King Institute of Preventive Medicine Micro-Biological Section reports 1909-11
Year: 1909
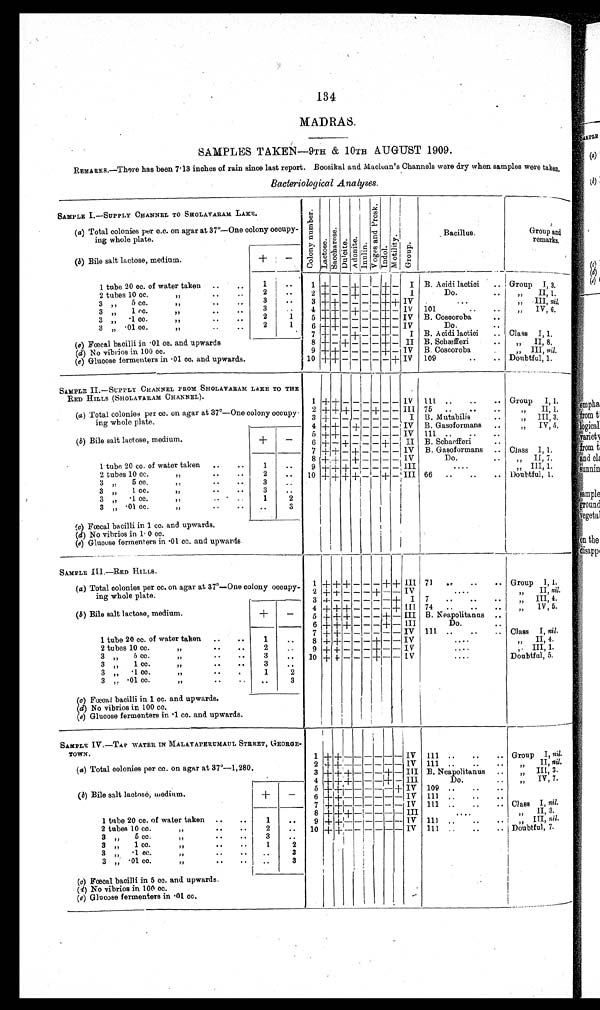
134
MADRAS.
SAMPLES TAKEN—9TH &amp; 10TH AUGUST 1909.
REMARKS.—There has been 7.13 inches of rain since last report. Boosikal and Maclean's Channels were dry when samples were taken,
Bacteriological Analyses.
SAMPLE I.—SUPPLY CHANNEL TO SHOLAVARAM LAKE.
C o l o n y n u m b e r .
L a c t o s e .
S a c c h a r o s e .
D u l c i t e . A d o n i t e .
I n u l i n .
V o g e s a n d P r o s k .
I n d o l .
M o t i l i t y . G r o u p .
Bacillus.
Group and
remarks.°(
a) Total colonies per c.c. on agar at 37°—One colony occupy-
ing whole plate.
(b) Bile salt lactose, medium.
+
-
1 tube 20 cc. of water taken ..
..
1
. .
1 + - - + - - + - I B. Acidi lactici ..
G r o u p
I I , ,
3 .
2 tubes 10 cc.
"
.. ..
2
. . 2 + - - + - - + - I
Do . ..
" II, 1.
3
3 " 5 cc.
" .. ..
. .
3 + + - - - - + + IV
...
" III, nil.
3
3 " 1 cc.
"
..
..
. . 4 + + - + - - + - IV 101
.. ..
" IV, 6.
3 "
. 1 c c .
"
. .
. .
2
1 5 + + - - - - + - IV B. Coscoroba ..
3 "
. 0 1 c c .
" .. ..
2
1
6 + + - - - - + - IV
Do.
..
(c) Fœcal bacilli in .01 cc. and upwards
7 + - - + - - + - I B. Acidi lactici .. Class I, 1.
8 + - + - - - + - II B. Schæfferi ..
" II, 8.
(d) No vibrios in 100 cc.
9 + + - - - - + - IV B. Coscoroba
..
" III, nil.
(e) Glucose fermenters in .01 cc. and upwards.
10 +++ - - - - - + IV 109
..
.. Doubtful, 1.
SAMPLE II.—SUPPLY CHANNEL FROM SHOLAVARAM LAKE TO THE
RED HILLS (SHOLAVARAM CHANNEL).
1 + + - - - - - - IV 111 ..
..
.. Group I, 1.
(a) Total colonies per cc. on agar at 37°—One colony occupy-
ing whole plate
2 + + + - - + - - III 75 ..
..
..
II, 1 .
"
3 + - - - - - - - I B. Mutabilis
. .
III, 3.
"
4 + + - + - - - - IV B. Gasoformans ..
IV, 5,
"
(b) Bile salt lactose, medium.
+
—
5 ++ +
IV 111 .
. .
. -
6 + - + - - - + - II B. Schaefferi
. .
7 + + - + - - - - IV B. Gasoformans .. Class I 1.
1 tube 20 cc. of water taken
. .
. .
1
..
8 + + - + - - - - IV
Do.
. .
" II 7 .
9 + + + - - - - - III
....
" III, 1.
2 tubes 10 cc.
"
. .
. .
2
. . 10 + + + + - - + - III 66 ..
..
.. Doubtful, 1.
3 " 5 cc.
"
. .
. .
3
. .
3 " 1 cc.
"
. .
. .
3 " .1 cc.
"
. .
. .
1
2
3 "
. 0 1 c c .
" .. ..
. .
3
( c) Fœcal bacilli in 1 cc. and upwards,
1
(d) No vibrios in 1 0 cc.
(e) Glucose fermenters in .01 cc. and upwards.
SAMPLE III.—RED HILLS.
(a) Total colonies per cc. on agar at 37°—One colony occupy-
ing whole plate.
1 + + + - - - + + III 71 ..
..
.. Group I, 1.
2 + + - - - + - - IV
....
" II, nil.
3 + - - - - - - + I 7 ..
..
..
" III, 4
(b) Bile salt lactose, medium.
+
- 4 + ++
- - - - + III 74 ..
..
..
" IV, 5.
5 + + + - - -
+ - III. B. Neapolitanus ..
1 tube 20 cc. of water taken ..
. .
6 + + + - - - + - III
Do.
..
1
..
7 + + — — — -
- — IV 111 ..
. .
. .
Class I, nil.
8 + + - - - + - - IV
. . . .
" II, 4.
2 tubes 10 cc.
"
.. ..
2
. .
9 + + - - - + - - IV
....
" III, 1.
3
"
5 c c .
"
.. .. 3
. . 10 + + - - - + - - IV
. . . .
Doubtful, 5.
3 " 1 cc.
"
. .
. .
3
. .
"
. 1 c c .
" .. ..
3
1
2
3 "
. 0 1 c c .
"
. .
. .
. .
3
(c) Fœcal bacilli in 1 cc. and upwards.
(d) No vibrios in 100 cc.
(e) Glucose fermenters in .1 cc. and upwards.
SAMPLE IV.—TAP WATER IN MALAYAPERUMAUL STREET, GEORGE-
TOWN.
1
+
+
- -
- - -
IV 111 ..
..
.. Group I, nil.
(a) Total colonies per cc. on agar at 37°—1,280.
2 + + - - - -
- IV 111
. .
. .
. .
" II, nil.
3 + + + - - - + - III B. Neapolitanus . .
" III, 3.
4 +++ + - - - + - III
Do.
. .
" IV, 7.
(b) Bile salt lactose, medium.
+
-
5 + + - - - - - + IV 109
. .
. .
. .
6 + + - - - - - - IV 111
. .
. .
. .
7 + + - - - - - - IV 111 ..
.. . . Class I , nil.
1 tube 20 cc. of water taken
. .
. .
1
. .
8 + + + - - - - - III
. . . .
" II, 3.
9 + + - - - - - - IV 111
. .
. .
. .
" III, nil.
2 tubes 10 cc.
" .. ..
2
. . 10 + +
- - - - - - IV 111 ..
..
.. Doubtful, 7.
3 " 5 cc.
"
. .
. .
3
..
3 " 1 cc.
"
. .
. .
1
2
3 " .1 cc.
"
. .
. .
3
. .
3 " .01 cc.
" .. ..
3
. .
(c) Fœcal bacilli in 5 cc. and upwards.
(d) No vibrios in 100 cc.
(e) Glucose fermenters in .01 cc.